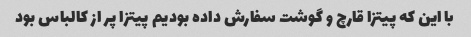
با این که پیتزا قارچ و گوشت سفارش داده بودیم پیتزا پر از کالباس بود